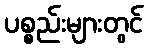
ပစ္စည်းများတွင်